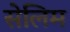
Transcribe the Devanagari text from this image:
सेलिम